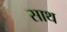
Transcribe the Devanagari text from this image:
साथ